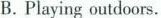
B. Playing outdoors.